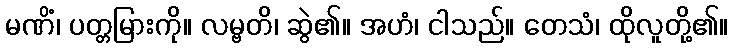
မဏိံ၊ ပတ္တမြားကို။ လမ္ဗတိ၊ ဆွဲ၏။ အဟံ၊ ငါသည်။ တေသံ၊ ထိုလူတို့၏။